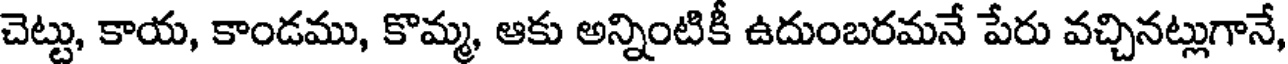
చెట్టు, కాయ, కాండము, కొమ్మ, ఆకు అన్నింటికీ ఉదుంబరమనే పేరు వచ్చినట్లుగానే